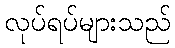
လုပ်ရပ်များသည်